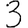
Digit: 3